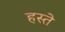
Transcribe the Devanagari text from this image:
हस्‍ते